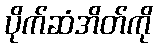
ပိုက်ဆံအိတ်ကို